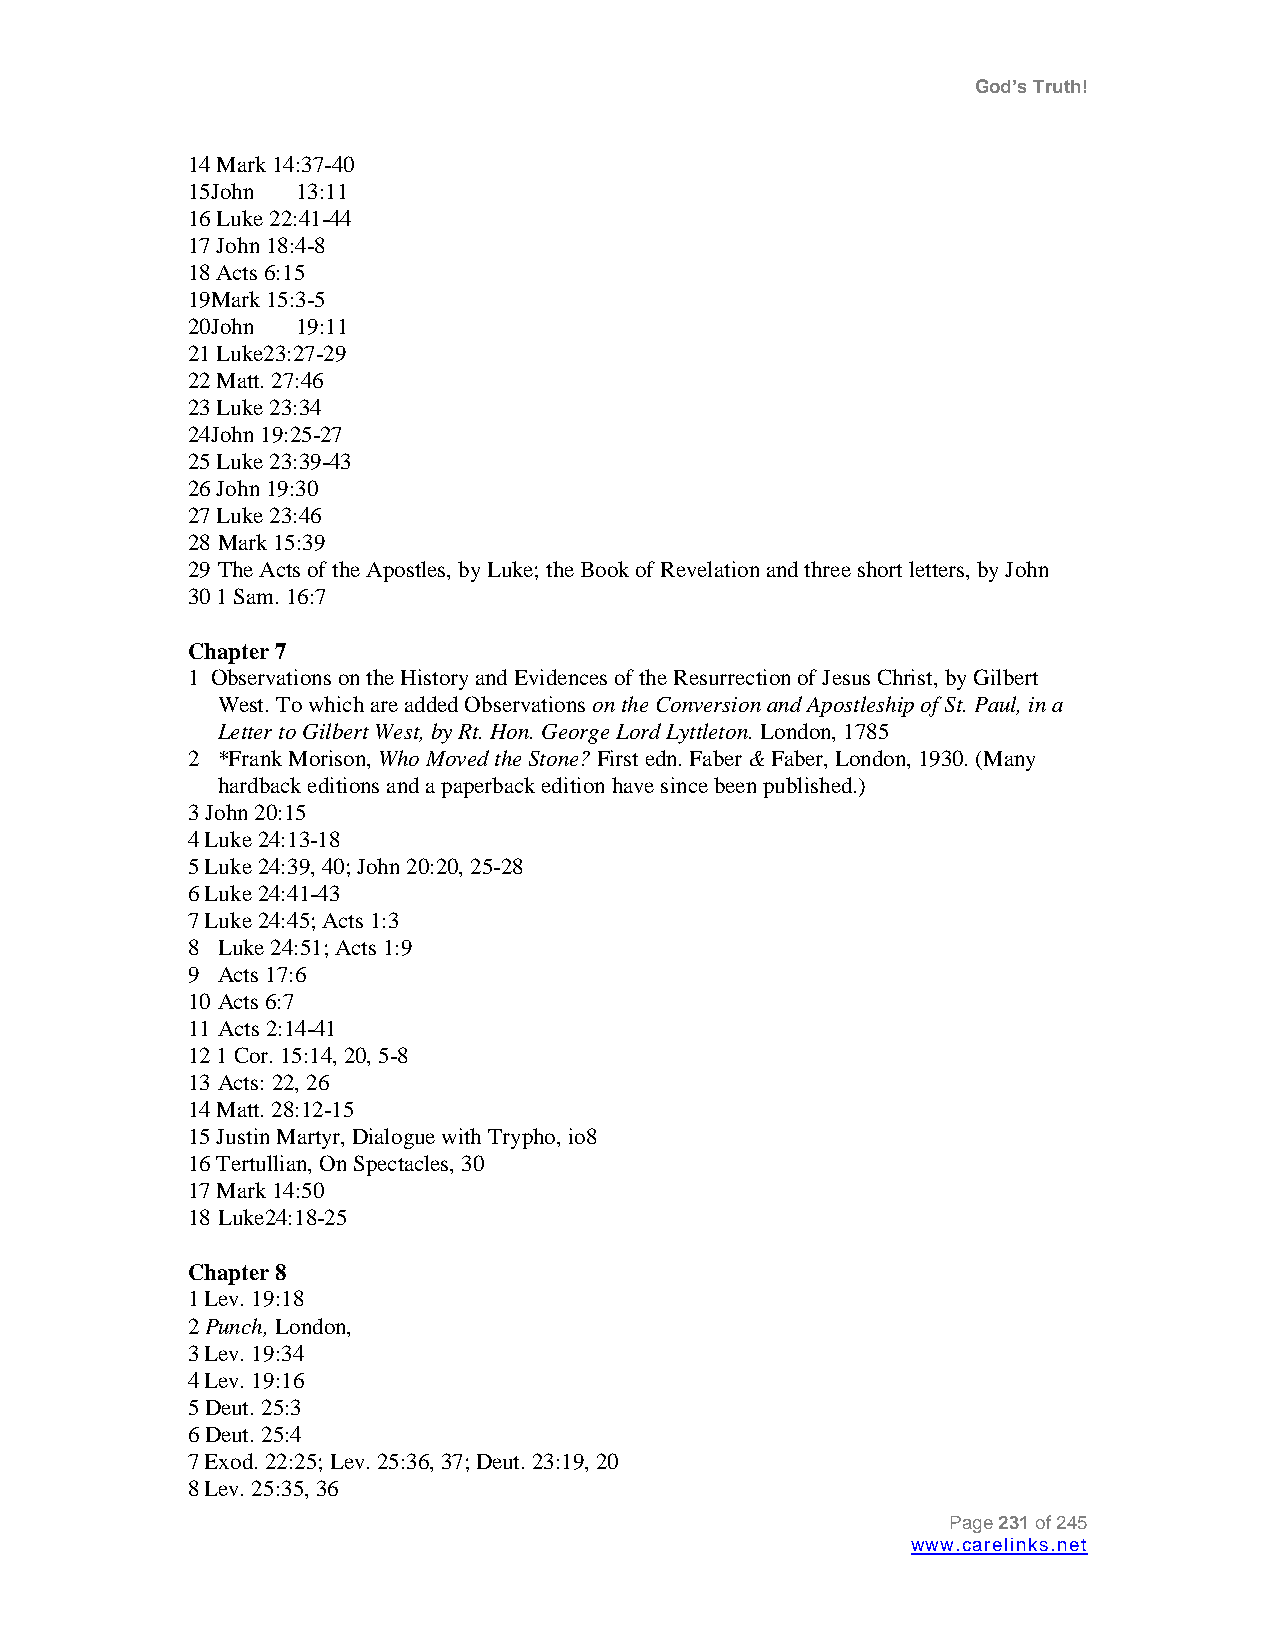
God’s Truth!
 14 Mark 14:37-40
 15John  13:11
 16 Luke 22:41-44
 17 John 18:4-8
 18 Acts 6:15
 19Mark 15:3-5
 20John  19:11
 21 Luke23:27-29
 22 Matt. 27:46
 23 Luke 23:34
 24John 19:25-27
 25 Luke 23:39-43
 26 John 19:30
 27 Luke 23:46
 28 Mark 15:39
 29 The Acts of the Apostles, by Luke; the Book of Revelation and three short letters, by John
 30 1 Sam. 16:7
 Chapter 7
 1 Observations on the History and Evidences of the Resurrection of Jesus Christ, by Gilbert
 West. To which are added Observations on the Conversion and Apostleship of St. Paul, in a
 Letter to Gilbert West, by Rt. Hon. George Lord Lyttleton. London, 1785
 2 *Frank Morison, Who Moved the Stone? First edn. Faber & Faber, London, 1930. (Many
 hardback editions and a paperback edition have since been published.)
 3 John 20:15
 4 Luke 24:13-18
 5 Luke 24:39, 40; John 20:20, 25-28
 6 Luke 24:41-43
 7 Luke 24:45; Acts 1:3
 8 Luke 24:51; Acts 1:9
 9 Acts 17:6
 10 Acts 6:7
 11 Acts 2:14-41
 12 1 Cor. 15:14, 20, 5-8
 13 Acts: 22, 26
 14 Matt. 28:12-15
 15 Justin Martyr, Dialogue with Trypho, io8
 16 Tertullian, On Spectacles, 30
 17 Mark 14:50
 18 Luke24:18-25
 Chapter 8
 1 Lev. 19:18
 2 Punch, London,
 3 Lev. 19:34
 4 Lev. 19:16
 5 Deut. 25:3
 6 Deut. 25:4
 7 Exod. 22:25; Lev. 25:36, 37; Deut. 23:19, 20
 8 Lev. 25:35, 36
 Page 231 of 245
 www.carelinks.net